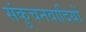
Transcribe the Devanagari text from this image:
संकुचनवादियों